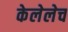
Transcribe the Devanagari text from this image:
केलेलेच